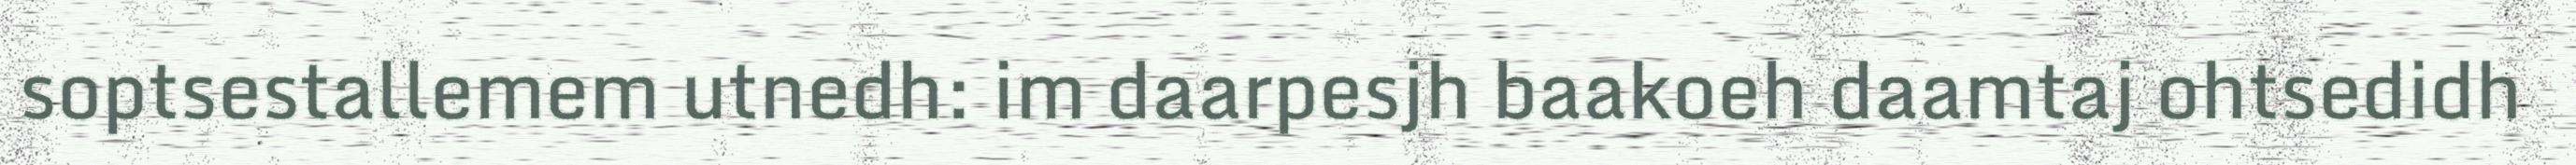
soptsestallemem utnedh: im daarpesjh baakoeh daamtaj ohtsedidh